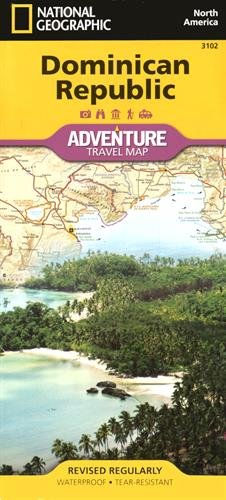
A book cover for Dominican Republic (National Geographic Adventure Map); National Geographic Maps - Adventure; Travel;